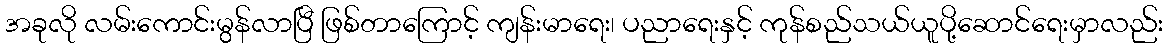
အခုလို လမ်းကောင်းမွန်လာပြီ ဖြစ်တာကြောင့် ကျန်းမာရေး၊ ပညာရေးနှင့် ကုန်စည်သယ်ယူပို့ဆောင်ရေးမှာလည်း